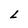
Character: L